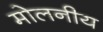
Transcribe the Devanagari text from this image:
मोलनीय